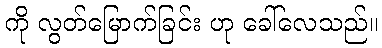
ကို လွတ်မြောက်ခြင်း ဟု ခေါ်လေသည်။